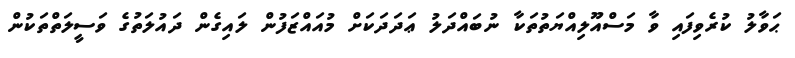
ޙަވާލު ކުރެވިފައި ވާ މަސްއޫލިއްޔަތުތަކާ ނުބައްދަލު ޢަދަދަކަށް މުއައްޒަފުން ލައިގެން ދައުލަތުގެ ވަސީލަތްތަކުން